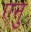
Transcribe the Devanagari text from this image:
एनु